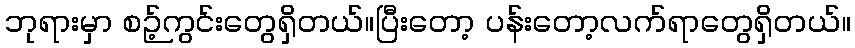
ဘုရားမှာ စဉ့်ကွင်းတွေရှိတယ်။ပြီးတော့ ပန်းတော့လက်ရာတွေရှိတယ်။